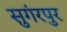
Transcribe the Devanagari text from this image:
सुगंरपुर